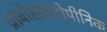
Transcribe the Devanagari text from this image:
थ्रांबोसाइटोपीनिक